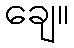
ချေ။